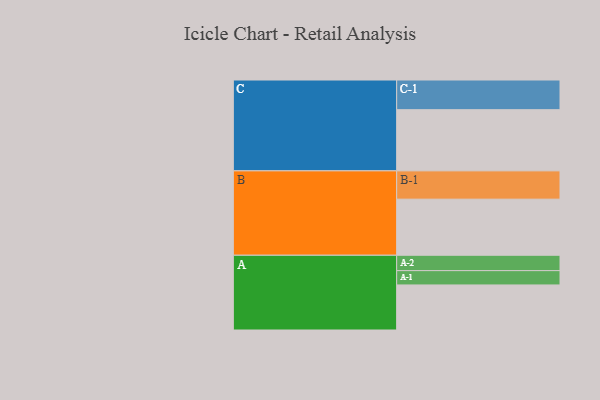
{"axis": {"x": "Segment", "y": "Value"}, "legend": ["", "A", "B", "C"], "data": [{"x": "A", "y": 425, "type": ""}, {"x": "B", "y": 529, "type": ""}, {"x": "C", "y": 577, "type": ""}, {"x": "A-1", "y": 135, "type": "A"}, {"x": "A-2", "y": 145, "type": "A"}, {"x": "B-1", "y": 267, "type": "B"}, {"x": "C-1", "y": 280, "type": "C"}]}